Vaccination in Bombay 1863-1868 - 1863-1868
Year: 1863
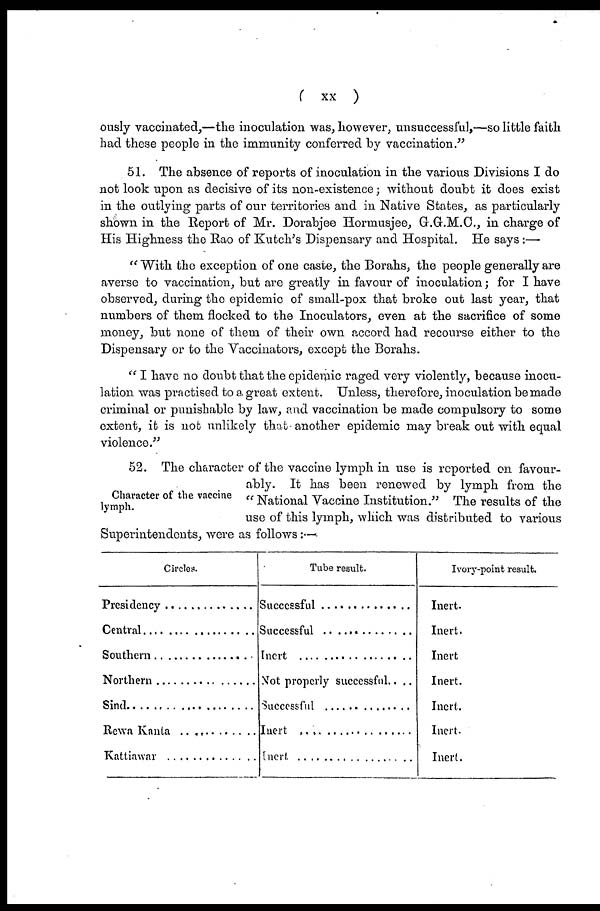
( xx )
ously vaccinated,—the inoculation was, however, unsuccessful,—so little faith
had these people in the immunity conferred by vaccination."
51. The absence of reports of inoculation in the various Divisions I do
not look upon as decisive of its non-existence; without doubt it does exist
in the outlying parts of our territories and in Native States, as particularly
shown in the Report of Mr. Dorabjee Hormusjee, G.G.M.C., in charge of
His Highness the Rao of Kutch's Dispensary and Hospital. He says:—
" With the exception of one caste, the Borahs, the people generally are
averse to vaccination, but are greatly in favour of inoculation; for I have
observed, during the epidemic of small-pox that broke out last year, that
numbers of them flocked to the Inoculators, even at the sacrifice of some
money, but none of them of their own accord had recourse either to the
Dispensary or to the Vaccinators, except the Borahs.
" I have no doubt that the epidemic raged very violently, because inocu-
lation was practised to a great extent. Unless, therefore, inoculation be made
criminal or punishable by law, and vaccination be made compulsory to some
extent, it is not unlikely that another epidemic may break out with equal
violence."
Character of the vaccine
lymph.
52. The character of the vaccine lymph in use is reported on favour-
ably. It has been renewed by lymph from the
" National Vaccine Institution." The results of the
use of this lymph, which was distributed to various
Superintendents, were as follows:—
Circles.
Presidency ..............
Central ....................
Southern ................
Northern ................
Sind ........................
Rewa Kanta ................
Kattiawar ................
Tube result.
Successful ................
Successful................
Insert ..................
Not properly successful.. ..
Successful ................
Insert ....................
Insert ....................
Ivory-point result.
Inert.
Inert.
Inert.
Inert.
Inert.
Inert.
Inert.